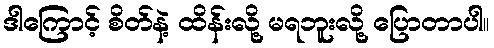
ဒါကြောင့် စိတ်နဲ့ ထိန်းလို့ မရဘူးလို့ ပြောတာပါ။